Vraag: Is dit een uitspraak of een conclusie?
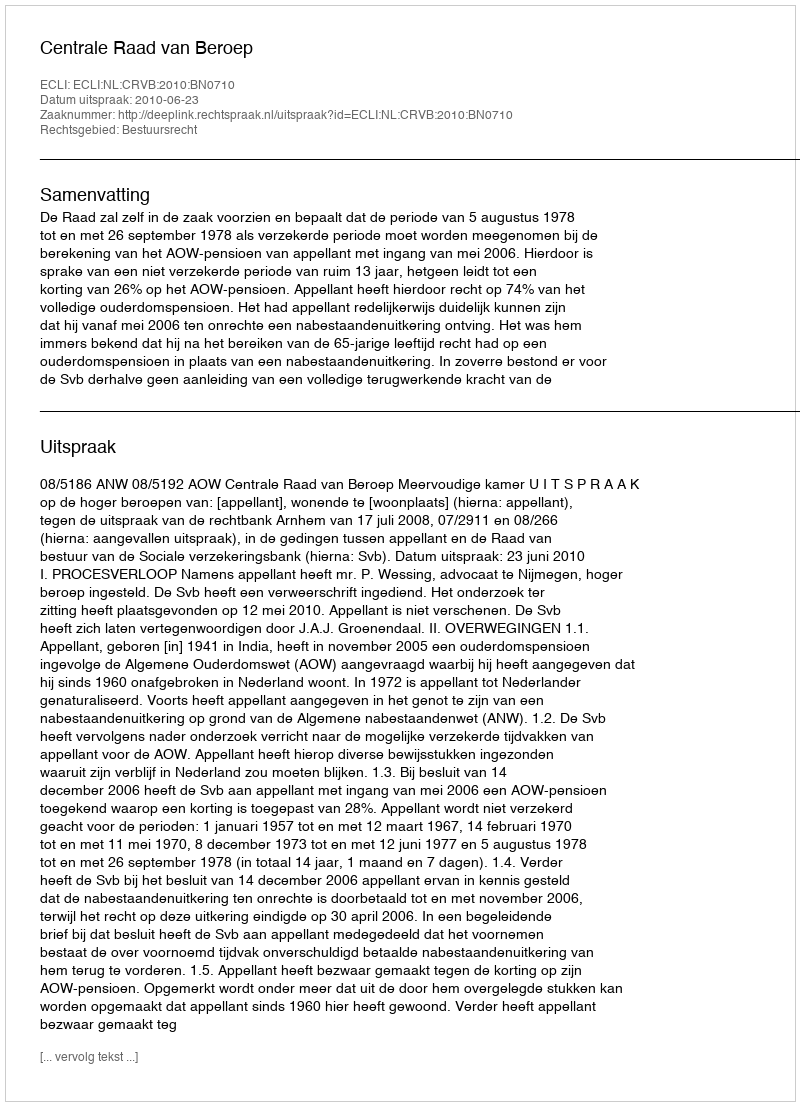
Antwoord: Uitspraak